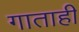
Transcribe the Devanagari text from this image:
गाताही